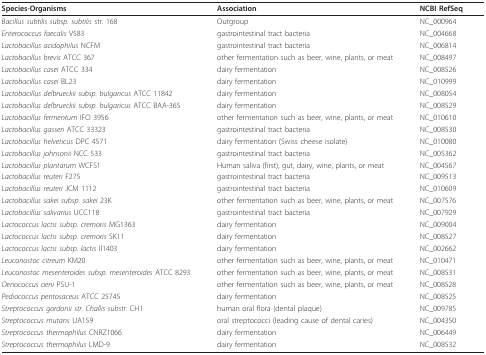
<table><thead><tr><td><b>Species-Organisms</b></td><td><b>Association</b></td><td><b>NCBI RefSeq</b></td></tr></thead><tbody><tr><td><i>Bacillus subtilis subsp. subtilis </i>str. 168</td><td>Outgroup</td><td>NC_000964</td></tr><tr><td><i>Enterococcus faecalis </i>V583</td><td>gastrointestinal tract bacteria</td><td>NC_004668</td></tr><tr><td><i>Lactobacillus acidophilus </i>NCFM</td><td>gastrointestinal tract bacteria</td><td>NC_006814</td></tr><tr><td><i>Lactobacillus brevis </i>ATCC 367</td><td>other fermentation such as beer, wine, plants, or meat</td><td>NC_008497</td></tr><tr><td><i>Lactobacillus casei </i>ATCC 334</td><td>dairy fermentation</td><td>NC_008526</td></tr><tr><td><i>Lactobacillus casei </i>BL23</td><td>dairy fermentation</td><td>NC_010999</td></tr><tr><td><i>Lactobacillus delbrueckii subsp. bulgaricus </i>ATCC 11842</td><td>dairy fermentation</td><td>NC_008054</td></tr><tr><td><i>Lactobacillus delbrueckii subsp. bulgaricus </i>ATCC BAA-365</td><td>dairy fermentation</td><td>NC_008529</td></tr><tr><td><i>Lactobacillus fermentum </i>IFO 3956</td><td>other fermentation such as beer, wine, plants, or meat</td><td>NC_010610</td></tr><tr><td><i>Lactobacillus gasseri </i>ATCC 33323</td><td>gastrointestinal tract bacteria</td><td>NC_008530</td></tr><tr><td><i>Lactobacillus helveticus </i>DPC 4571</td><td>dairy fermentation (Swiss cheese isolate)</td><td>NC_010080</td></tr><tr><td><i>Lactobacillus johnsonii </i>NCC 533</td><td>gastrointestinal tract bacteria</td><td>NC_005362</td></tr><tr><td><i>Lactobacillus plantarum </i>WCFS1</td><td>Human saliva (first), gut, dairy, wine, plants, or meat</td><td>NC_004567</td></tr><tr><td><i>Lactobacillus reuteri </i>F275</td><td>gastrointestinal tract bacteria</td><td>NC_009513</td></tr><tr><td><i>Lactobacillus reuteri </i>JCM 1112</td><td>gastrointestinal tract bacteria</td><td>NC_010609</td></tr><tr><td><i>Lactobacillus sakei subsp. sakei </i>23K</td><td>other fermentation such as beer, wine, plants, or meat</td><td>NC_007576</td></tr><tr><td><i>Lactobacillus salivarius </i>UCC118</td><td>gastrointestinal tract bacteria</td><td>NC_007929</td></tr><tr><td><i>Lactococcus lactis subsp. cremoris </i>MG1363</td><td>dairy fermentation</td><td>NC_009004</td></tr><tr><td><i>Lactococcus lactis subsp. cremoris </i>SK11</td><td>dairy fermentation</td><td>NC_008527</td></tr><tr><td><i>Lactococcus lactis subsp. lactis </i>Il1403</td><td>dairy fermentation</td><td>NC_002662</td></tr><tr><td><i>Leuconostoc citreum </i>KM20</td><td>other fermentation such as beer, wine, plants, or meat</td><td>NC_010471</td></tr><tr><td><i>Leuconostoc mesenteroides subsp. mesenteroides </i>ATCC 8293</td><td>other fermentation such as beer, wine, plants, or meat</td><td>NC_008531</td></tr><tr><td><i>Oenococcus oeni </i>PSU-1</td><td>other fermentation such as beer, wine, plants, or meat</td><td>NC_008528</td></tr><tr><td><i>Pediococcus pentosaceus </i>ATCC 25745</td><td>dairy fermentation</td><td>NC_008525</td></tr><tr><td><i>Streptococcus gordonii str. Challis substr</i>. CH1</td><td>human oral flora (dental plaque)</td><td>NC_009785</td></tr><tr><td><i>Streptococcus mutans </i>UA159</td><td>oral streptococci (leading cause of dental caries)</td><td>NC_004350</td></tr><tr><td><i>Streptococcus thermophilus </i>CNRZ1066</td><td>dairy fermentation</td><td>NC_006449</td></tr><tr><td><i>Streptococcus thermophilus </i>LMD-9</td><td>dairy fermentation</td><td>NC_008532</td></tr></tbody></table>